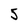
Character: 5